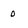
Character: 0